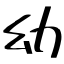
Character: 幼